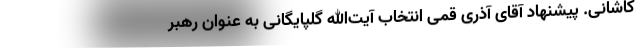
کاشانی. پیشنهاد آقای آذری قمی انتخاب آیت‌الله گلپایگانی به عنوان رهبر